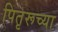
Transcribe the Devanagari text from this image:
पितृरूच्या